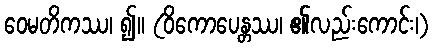
ဝေမတိကဿ၊ ၍။ (ဝိကောပေန္တဿ၊ ၏လည်းကောင်း၊)